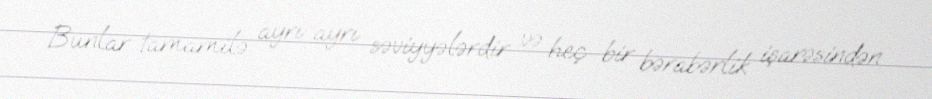
Bunlar tamamilə ayrı-ayrı səviyyələrdir və heç bir bərabərlik işarəsindən